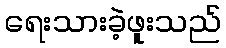
ရေးသားခဲ့ဖူးသည်